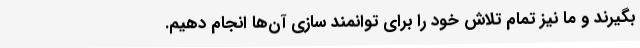
بگیرند و ما نیز تمام تلاش خود را برای توانمند سازی آن‌ها انجام دهیم.